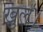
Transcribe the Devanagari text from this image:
खुलें।